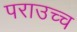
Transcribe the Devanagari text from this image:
पराउच्च